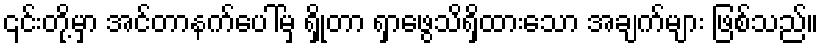
၎င်းတို့မှာ အင်တာနက်ပေါ်မှ ရှိုတာ ရှာဖွေသိရှိထားသော အချက်များ ဖြစ်သည်။